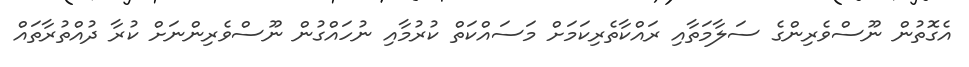
އެގޮތުން ނޫސްވެރިންގެ ސަލާމަތާއި ރައްކާތެރިކަމަށް މަސައްކަތް ކުރުމާއި ނުހައްގުން ނޫސްވެރިންނަށް ކުރާ ދުއްތުރާތައް